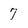
Character: 7